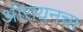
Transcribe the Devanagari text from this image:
ओरायनचा